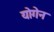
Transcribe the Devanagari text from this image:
योगेन